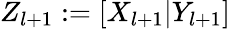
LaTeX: Z_{l+1}:=[X_{l+1}|Y_{l+1}]